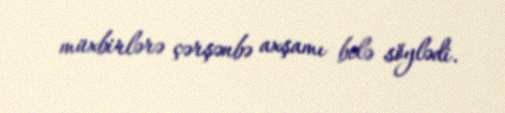
müxbirlərə çərşənbə axşamı belə söylədi.